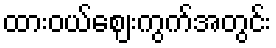
ထားဝယ်ဈေးကွက်အတွင်း